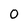
Character: O